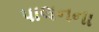
પાલનના